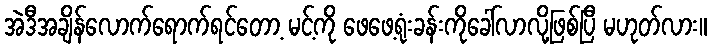
အဲဒီအချိန်လောက်ရောက်ရင်တော့ မင့်ကို ဖေဖေ့ရုံးခန်းကိုခေါ်လာလို့ဖြစ်ပြီ မဟုတ်လား။